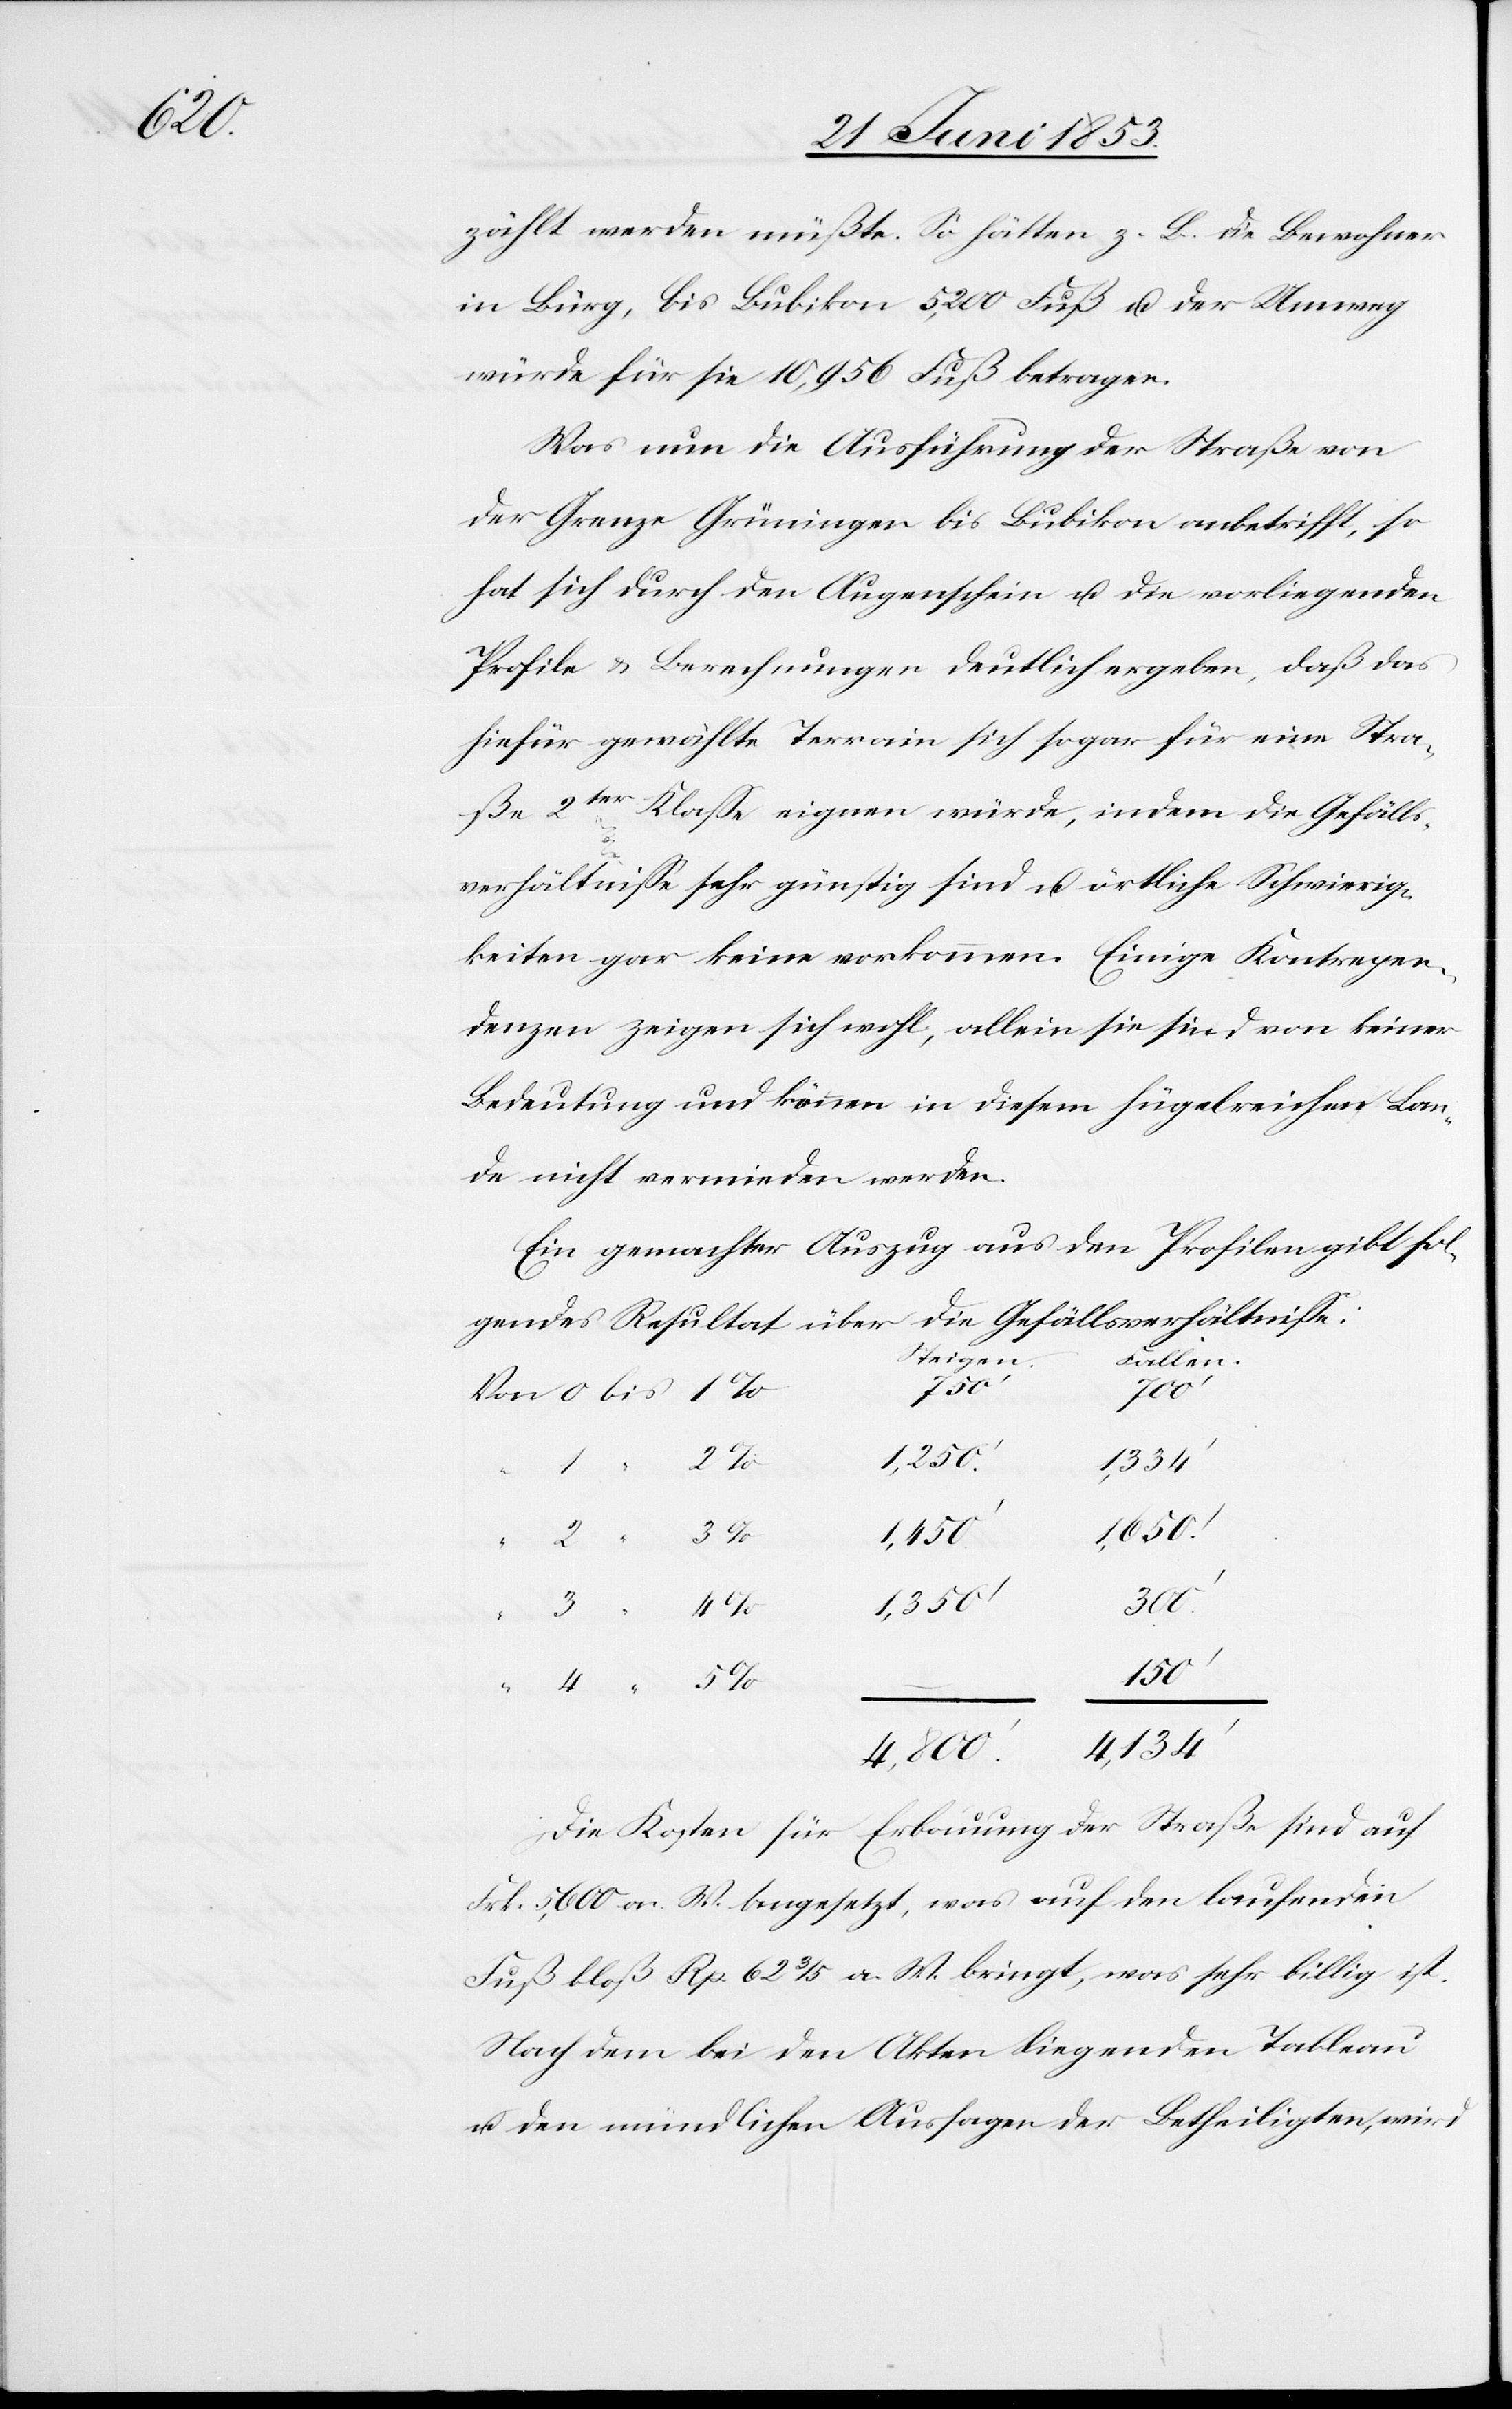
zählt werden müßte. So hätten z. B. die Bewohner
in Bürg, bis Bubikon 5,200 Fuß u. der Umweg
würde für sie 10,956 Fuß betragen.
Was nun die Ausführung der Straße von
der Grenze Grüningen bis Bubikon anbetrifft, so
hat sich durch den Augenschein u. die vorliegenden
Profile u. Berechnungen deutlich ergeben, daß das
hiefür gewählte Terrain sich sogar für eine Stra¬
ße 2ter. Klaße eignen würde, indem die Gefälls¬
verhältniße sehr günstig sind u. örtliche Schwierig¬
keiten gar keine vorkommen. Einige Kontrepen¬
denzen zeigen sich wohl, allein sie sind von keiner
Bedeutung und können in diesem hügelreichen Lan¬
de nicht vermieden werden.
Ein gemachter Auszug aus den Profilen gibt fol¬
gendes Resultat über die Gefällsverhältniße:
Von 0 bis 1
300’
150’
Die Kosten für Erbauung der Straße sind auf
Frk. 5,600 a. W. angesetzt, was auf den laufenden
Fuß bloß Rp. 62 3/5 a. W. bringt, was sehr billig ist.
Nach dem bei den Akten liegenden Tableau
u. den mündlichen Aussagen der Betheiligten, wird